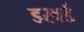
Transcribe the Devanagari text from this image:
डरवर्ड